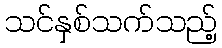
သင်နှစ်သက်သည့်